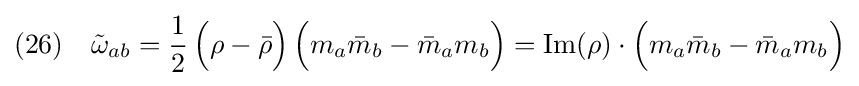
(26)\quad {\tilde {\omega }}_{ab}={\frac {1}{2}}\,{\Big (}\rho -{\bar {\rho }}{\Big )}\,{\Big (}m_{a}{\bar {m}}_{b}-{\bar {m}}_{a}m_{b}{\Big )}={\text{Im}}(\rho )\cdot {\Big (}m_{a}{\bar {m}}_{b}-{\bar {m}}_{a}m_{b}{\Big )}